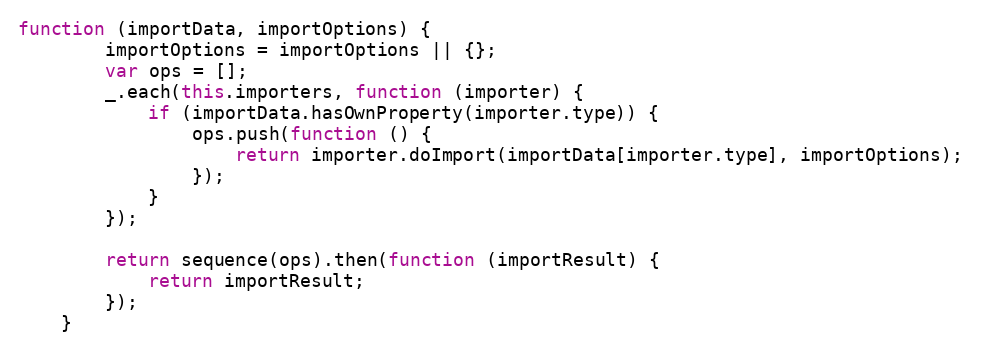
Language: JavaScript
function (importData, importOptions) {
        importOptions = importOptions || {};
        var ops = [];
        _.each(this.importers, function (importer) {
            if (importData.hasOwnProperty(importer.type)) {
                ops.push(function () {
                    return importer.doImport(importData[importer.type], importOptions);
                });
            }
        });

        return sequence(ops).then(function (importResult) {
            return importResult;
        });
    }